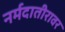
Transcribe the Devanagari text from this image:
नर्मदातीरावर